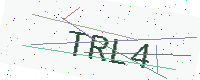
Text: TRL4